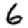
Digit: 6